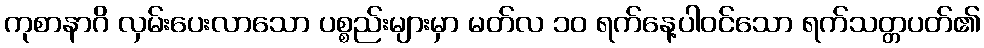
ကုစာနာဂိ လှမ်းပေးလာသော ပစ္စည်းများမှာ မတ်လ ၁၀ ရက်နေ့ပါဝင်သော ရက်သတ္တပတ်၏